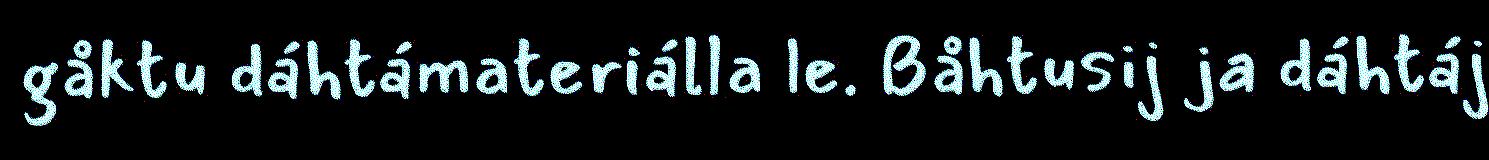
gåktu dáhtámateriálla le. Båhtusij ja dáhtáj